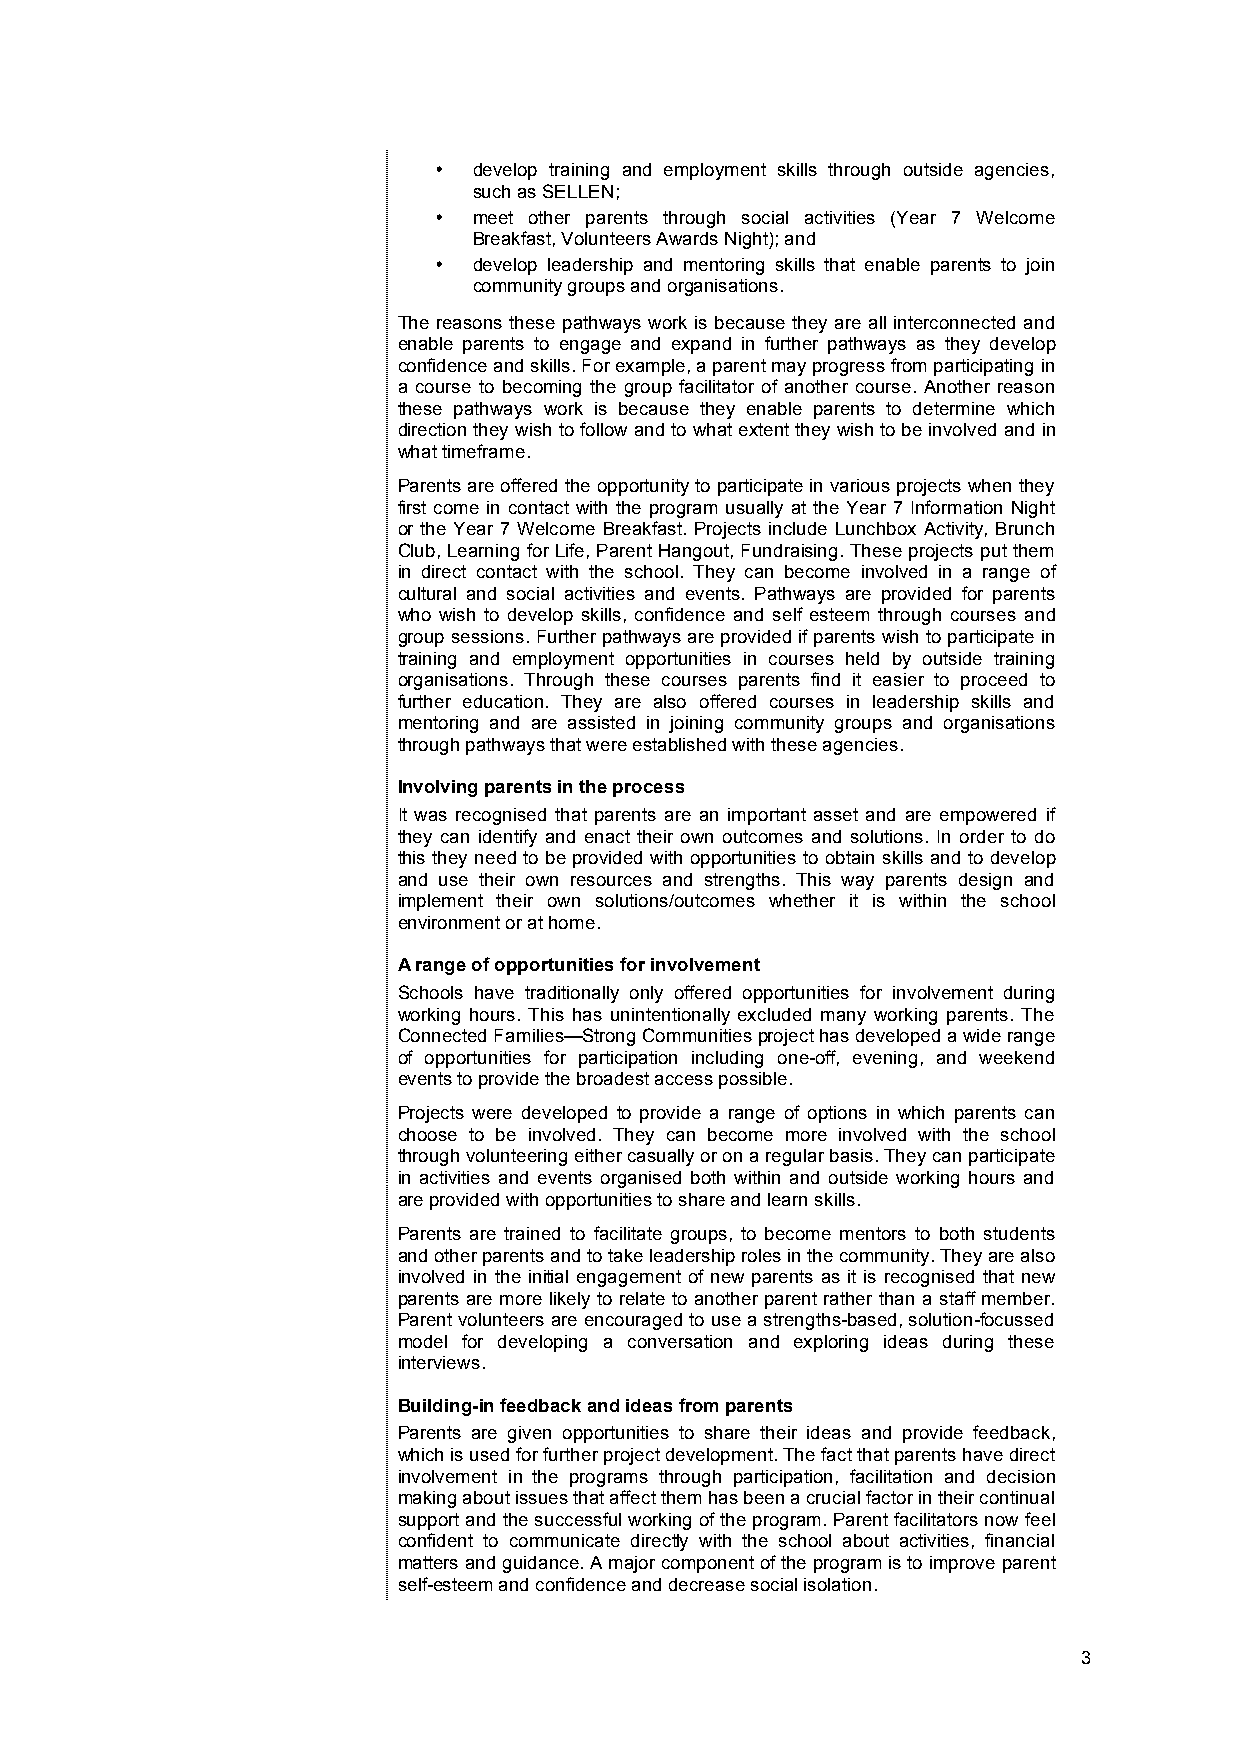
• develop training and employment skills through outside agencies,
 such as SELLEN;
 • meet other parents through social activities (Year 7 Welcome
 Breakfast, Volunteers Awards Night); and
 • develop leadership and mentoring skills that enable parents to join
 community groups and organisations.
 The reasons these pathways work is because they are all interconnected and
 enable parents to engage and expand in further pathways as they develop
 confidence and skills. For example, a parent may progress from participating in
 a course to becoming the group facilitator of another course. Another reason
 these pathways work is because they enable parents to determine which
 direction they wish to follow and to what extent they wish to be involved and in
 what timeframe.
 Parents are offered the opportunity to participate in various projects when they
 first come in contact with the program usually at the Year 7 Information Night
 or the Year 7 Welcome Breakfast. Projects include Lunchbox Activity, Brunch
 Club, Learning for Life, Parent Hangout, Fundraising. These projects put them
 in direct contact with the school. They can become involved in a range of
 cultural and social activities and events. Pathways are provided for parents
 who wish to develop skills, confidence and self esteem through courses and
 group sessions. Further pathways are provided if parents wish to participate in
 training and employment opportunities in courses held by outside training
 organisations. Through these courses parents find it easier to proceed to
 further education. They are also offered courses in leadership skills and
 mentoring and are assisted in joining community groups and organisations
 through pathways that were established with these agencies.
 Involving parents in the process
 It was recognised that parents are an important asset and are empowered if
 they can identify and enact their own outcomes and solutions. In order to do
 this they need to be provided with opportunities to obtain skills and to develop
 and use their own resources and strengths. This way parents design and
 implement their own solutions/outcomes whether it is within the school
 environment or at home.
 A range of opportunities for involvement
 Schools have traditionally only offered opportunities for involvement during
 working hours. This has unintentionally excluded many working parents. The
 Connected Families—Strong Communities project has developed a wide range
 of opportunities for participation including one-off, evening, and weekend
 events to provide the broadest access possible.
 Projects were developed to provide a range of options in which parents can
 choose to be involved. They can become more involved with the school
 through volunteering either casually or on a regular basis. They can participate
 in activities and events organised both within and outside working hours and
 are provided with opportunities to share and learn skills.
 Parents are trained to facilitate groups, to become mentors to both students
 and other parents and to take leadership roles in the community. They are also
 involved in the initial engagement of new parents as it is recognised that new
 parents are more likely to relate to another parent rather than a staff member.
 Parent volunteers are encouraged to use a strengths-based, solution-focussed
 model for developing a conversation and exploring ideas during these
 interviews.
 Building-in feedback and ideas from parents
 Parents are given opportunities to share their ideas and provide feedback,
 which is used for further project development. The fact that parents have direct
 involvement in the programs through participation, facilitation and decision
 making about issues that affect them has been a crucial factor in their continual
 support and the successful working of the program. Parent facilitators now feel
 confident to communicate directly with the school about activities, financial
 matters and guidance. A major component of the program is to improve parent
 self-esteem and confidence and decrease social isolation.
 3